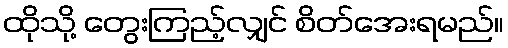
ထိုသို့ တွေးကြည့်လျှင် စိတ်အေးရမည်။